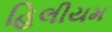
હિલીયમ